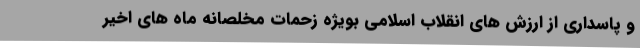
و پاسداری از ارزش های انقلاب اسلامی بویژه زحمات مخلصانه ماه های اخیر